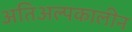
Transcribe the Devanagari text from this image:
अतिअल्पकालीन